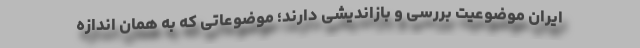
ایران موضوعیت بررسی و بازاندیشی دارند؛ موضوعاتی که به همان اندازه